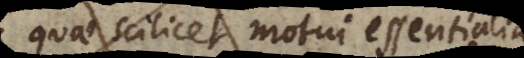
quae scilicet motui essentialia